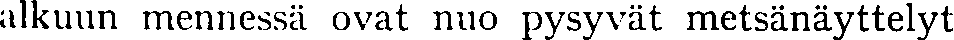
alkuun mennessä ovat nuo pysyvät metsänäyttelyt